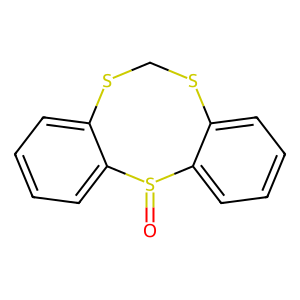
SMILES: O=S1c2ccccc2SCSc2ccccc21
Inhibits HIV replication: No